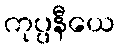
ကုပ္ပနီယေ